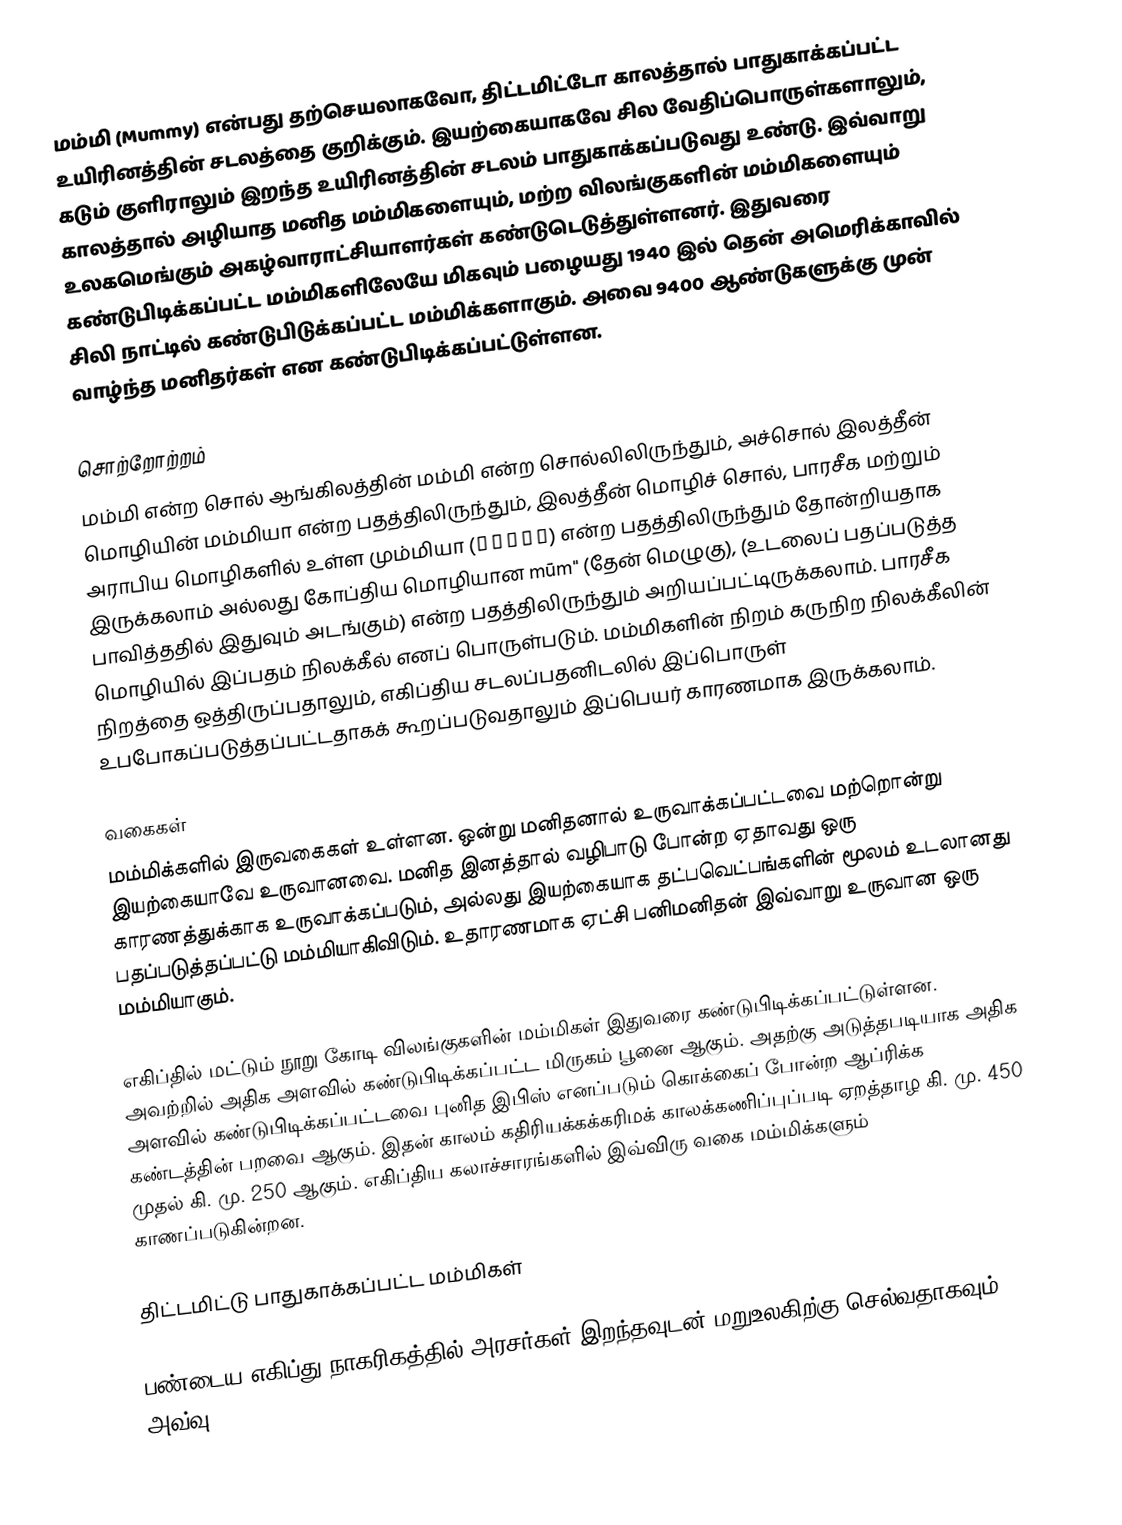
மம்மி (Mummy) என்பது தற்செயலாகவோ, திட்டமிட்டோ காலத்தால் பாதுகாக்கப்பட்ட உயிரினத்தின் சடலத்தை குறிக்கும். இயற்கையாகவே சில வேதிப்பொருள்களாலும், கடும் குளிராலும் இறந்த உயிரினத்தின் சடலம் பாதுகாக்கப்படுவது உண்டு. இவ்வாறு காலத்தால் அழியாத மனித மம்மிகளையும், மற்ற விலங்குகளின் மம்மிகளையும் உலகமெங்கும் அகழ்வாராட்சியாளர்கள் கண்டுடெடுத்துள்ளனர்.  இதுவரை கண்டுபிடிக்கப்பட்ட மம்மிகளிலேயே மிகவும் பழையது 1940 இல் தென் அமெரிக்காவில் சிலி நாட்டில் கண்டுபிடுக்கப்பட்ட மம்மிக்களாகும். அவை 9400 ஆண்டுகளுக்கு முன் வாழ்ந்த மனிதர்கள் என கண்டுபிடிக்கப்பட்டுள்ளன.

சொற்றோற்றம்
மம்மி என்ற சொல் ஆங்கிலத்தின் மம்மி என்ற சொல்லிலிருந்தும், அச்சொல் இலத்தீன் மொழியின் மம்மியா என்ற பதத்திலிருந்தும், இலத்தீன் மொழிச் சொல், பாரசீக மற்றும் அராபிய மொழிகளில் உள்ள மும்மியா (مومية) என்ற பதத்திலிருந்தும் தோன்றியதாக இருக்கலாம் அல்லது கோப்திய மொழியான mūm" (தேன் மெழுகு), (உடலைப் பதப்படுத்த பாவித்ததில் இதுவும் அடங்கும்) என்ற பதத்திலிருந்தும் அறியப்பட்டிருக்கலாம். பாரசீக மொழியில் இப்பதம் நிலக்கீல் எனப் பொருள்படும். மம்மிகளின் நிறம் கருநிற நிலக்கீலின் நிறத்தை ஒத்திருப்பதாலும், எகிப்திய சடலப்பதனிடலில் இப்பொருள் உபபோகப்படுத்தப்பட்டதாகக் கூறப்படுவதாலும் இப்பெயர் காரணமாக இருக்கலாம்.

வகைகள்
மம்மிக்களில் இருவகைகள் உள்ளன. ஒன்று மனிதனால் உருவாக்கப்பட்டவை மற்றொன்று இயற்கையாவே உருவானவை. மனித இனத்தால் வழிபாடு போன்ற ஏதாவது ஒரு காரணத்துக்காக உருவாக்கப்படும், அல்லது இயற்கையாக தட்பவெட்பங்களின் மூலம் உடலானது பதப்படுத்தப்பட்டு மம்மியாகிவிடும். உதாரணமாக ஏட்சி பனிமனிதன் இவ்வாறு உருவான ஒரு மம்மியாகும்.

எகிப்தில் மட்டும் நூறு கோடி விலங்குகளின் மம்மிகள் இதுவரை கண்டுபிடிக்கப்பட்டுள்ளன. அவற்றில் அதிக அளவில் கண்டுபிடிக்கப்பட்ட மிருகம் பூனை ஆகும். அதற்கு அடுத்தபடியாக அதிக அளவில் கண்டுபிடிக்கப்பட்டவை புனித இபிஸ் எனப்படும் கொக்கைப் போன்ற ஆப்ரிக்க கண்டத்தின் பறவை ஆகும். இதன் காலம் கதிரியக்கக்கரிமக் காலக்கணிப்புப்படி ஏறத்தாழ கி. மு. 450 முதல் கி. மு. 250 ஆகும். எகிப்திய கலாச்சாரங்களில் இவ்விரு வகை மம்மிக்களும் காணப்படுகின்றன.

 திட்டமிட்டு பாதுகாக்கப்பட்ட மம்மிகள்

பண்டைய எகிப்து நாகரிகத்தில் அரசர்கள் இறந்தவுடன் மறுஉலகிற்கு செல்வதாகவும், அவ்வு